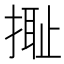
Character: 𢲮